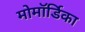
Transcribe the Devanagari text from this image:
मोमॉर्डिका